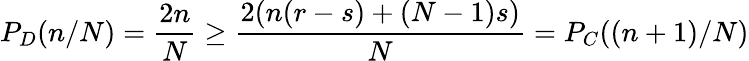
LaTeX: P_{D}(n/N)=\frac{2n}{N}\geq\frac{2(n(r-s)+(N-1)s)}{N}=P_{C}((n+1)/N)